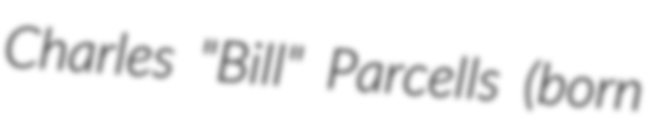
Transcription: Charles "Bill" Parcells (born